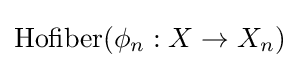
{\text{Hofiber}}(\phi _{n}:X\to X_{n})